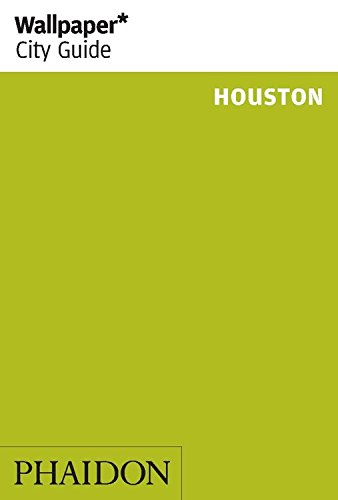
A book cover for Wallpaper* City Guide Houston 2014 (Wallpaper City Guides); Travel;